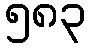
၅၈၃